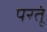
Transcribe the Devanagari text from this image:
परतूं